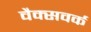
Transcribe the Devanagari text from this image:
वैक्सवर्क